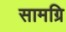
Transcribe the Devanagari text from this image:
सामग्रि